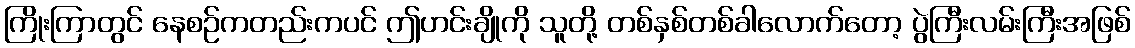
ကြိုးကြာတွင် နေစဉ်ကတည်းကပင် ဤဟင်းချိုကို သူတို့ တစ်နှစ်တစ်ခါလောက်တော့ ပွဲကြီးလမ်းကြီးအဖြစ်